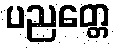
ပညတ္တေ